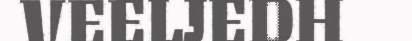
VEELJEDH